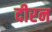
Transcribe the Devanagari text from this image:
दीरन